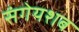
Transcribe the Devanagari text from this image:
संगेयशब